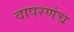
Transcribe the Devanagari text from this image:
वापरणंच